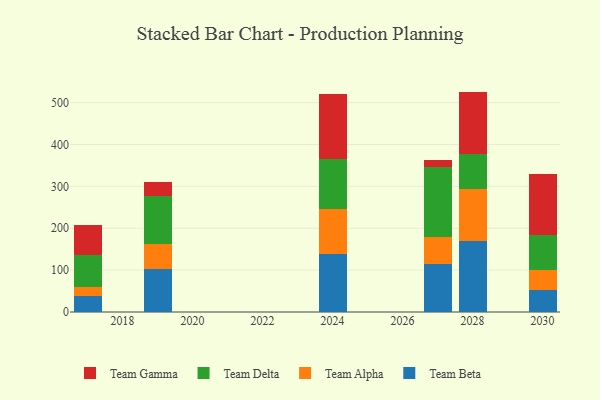
{"axis": {"x": "Year", "y": "Energy Usage (MWh)"}, "legend": ["Team Alpha", "Team Beta", "Team Delta", "Team Gamma"], "data": [{"x": "2027", "y": 113.8, "type": "Team Beta"}, {"x": "2027", "y": 64.5, "type": "Team Alpha"}, {"x": "2027", "y": 167.3, "type": "Team Delta"}, {"x": "2027", "y": 17.4, "type": "Team Gamma"}, {"x": "2028", "y": 170.5, "type": "Team Beta"}, {"x": "2028", "y": 124.3, "type": "Team Alpha"}, {"x": "2028", "y": 83.5, "type": "Team Delta"}, {"x": "2028", "y": 148.1, "type": "Team Gamma"}, {"x": "2024", "y": 139.2, "type": "Team Beta"}, {"x": "2024", "y": 106.8, "type": "Team Alpha"}, {"x": "2024", "y": 118.7, "type": "Team Delta"}, {"x": "2024", "y": 156.2, "type": "Team Gamma"}, {"x": "2017", "y": 37.1, "type": "Team Beta"}, {"x": "2017", "y": 21.6, "type": "Team Alpha"}, {"x": "2017", "y": 78.1, "type": "Team Delta"}, {"x": "2017", "y": 70.4, "type": "Team Gamma"}, {"x": "2030", "y": 52.7, "type": "Team Beta"}, {"x": "2030", "y": 48.7, "type": "Team Alpha"}, {"x": "2030", "y": 82.7, "type": "Team Delta"}, {"x": "2030", "y": 144.5, "type": "Team Gamma"}, {"x": "2019", "y": 102.8, "type": "Team Beta"}, {"x": "2019", "y": 59.0, "type": "Team Alpha"}, {"x": "2019", "y": 115.3, "type": "Team Delta"}, {"x": "2019", "y": 34.3, "type": "Team Gamma"}]}